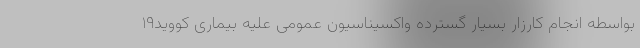
بواسطه انجام کارزار بسیار گسترده واکسیناسیون عمومی علیه بیماری کووید۱۹